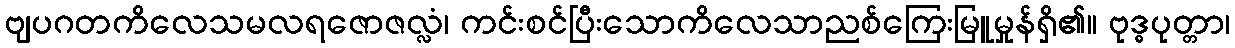
ဗျပဂတကိလေသမလရဇောဇလ္လံ၊ ကင်းစင်ပြီးသောကိလေသာညစ်ကြေးမြူမှုန်ရှိ၏။ ဗုဒ္ဓပုတ္တာ၊